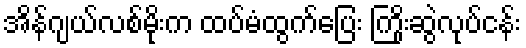
အိန်ဂျယ်လစ်မိုးက ထပ်မံထွက်ပြေး ကြိုးဆွဲလုပ်ငန်း